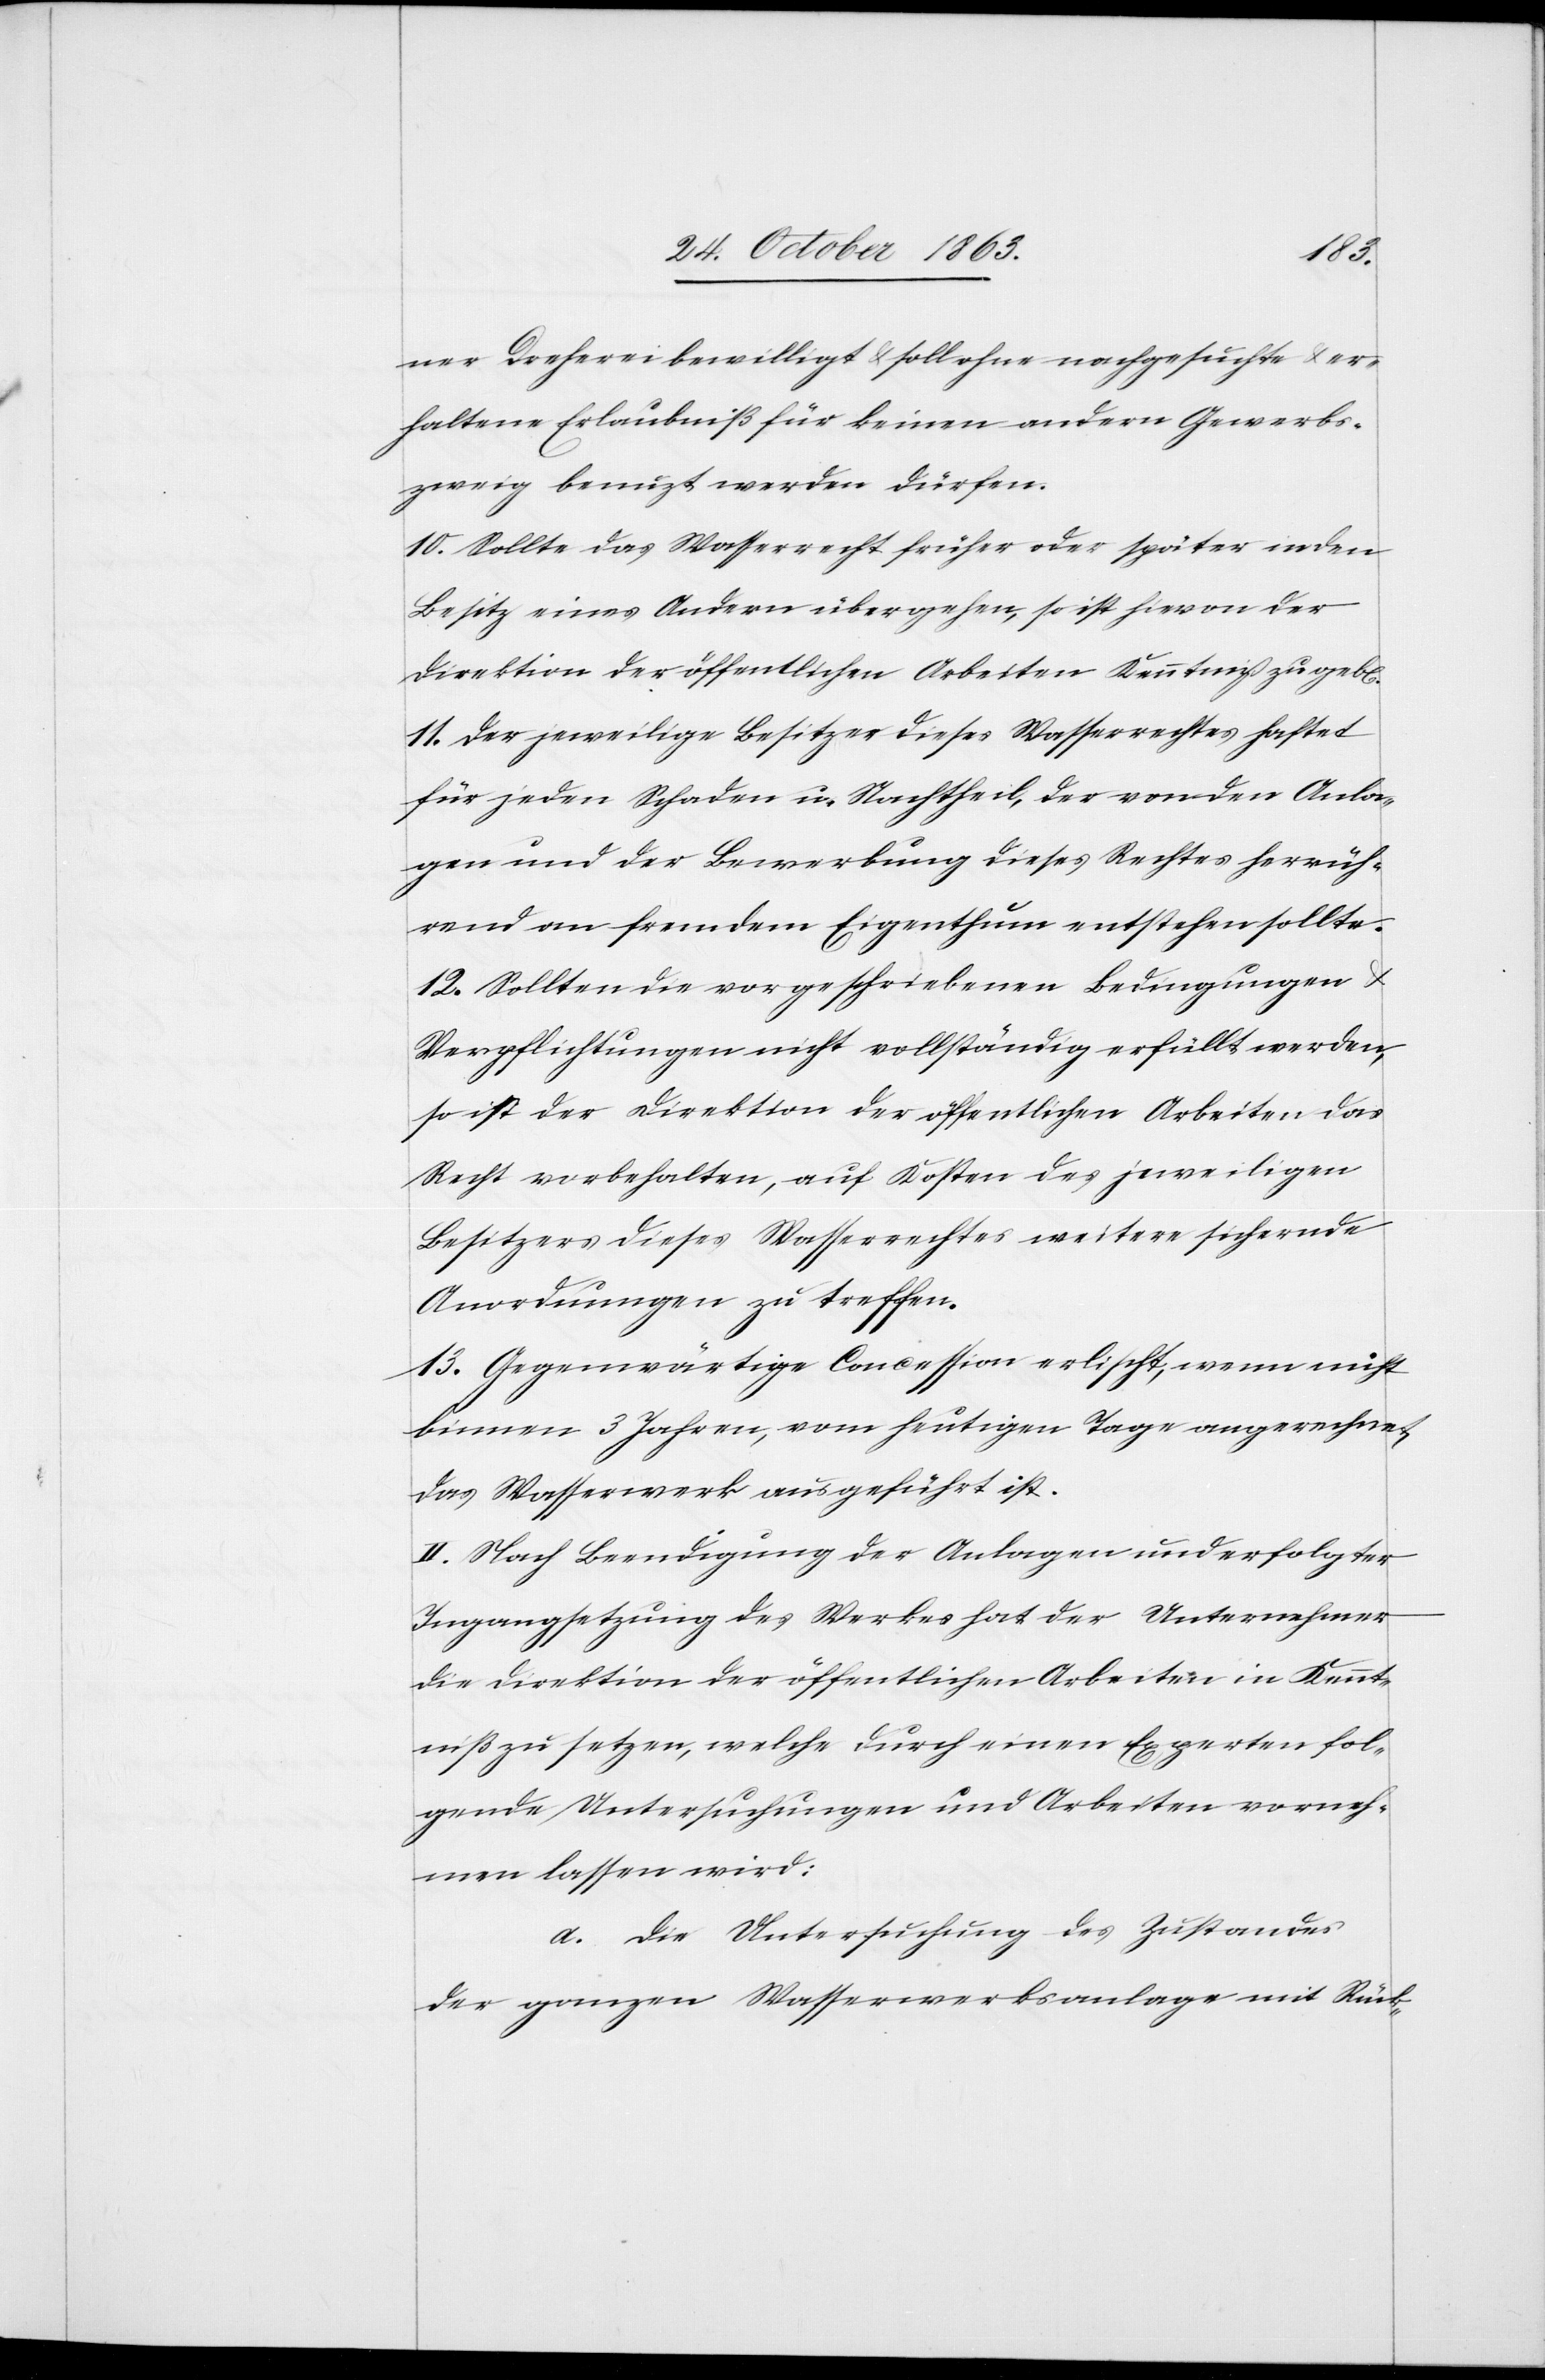
n].
ner Dreherei bewilligt & soll ohne nachgesuchte & er¬
haltene Erlaubniß für keinen andern Gewerbs¬
zweig benuzt werden dürfen.
10. Sollte das Wasserrecht früher oder später in den
Besitz eines Andern übergehen, so ist hievon der
Direktion der öffentlichen Arbeiten Kenntniß zu geb[e¬
11. Der jeweilige Besitzer dieses Wasserrechtes haftet
für jeden Schaden u. Nachtheil, der von den Anla¬
gen und der Bewerbung dieses Rechtes herrüh¬
rend an fremdem Eigenthum entstehen sollte.
12. Sollten die vorgeschriebenen Bedingungen &
Verpflichtungen nicht vollständig erfüllt werden,
so ist der Direktion der öffentlichen Arbeiten das
Recht vorbehalten, auf Kosten des jeweiligen
Besitzers dieses Wasserrechtes weitere sichernde
Anordnungen zu treffen.
13. Gegenwärtige Concession erlischt, wenn nicht
binnen 3 Jahren, vom heutigen Tage angerechnet,
das Wasserwerk ausgeführt ist.
II. Nach Beendigung der Anlagen und erfolgter
Ingangsetzung des Werkes hat der Unternehmer
die Direktion der öffentlichen Arbeiten in Kennt¬
niß zu setzen, welche durch einen Experten fol¬
gende Untersuchungen und Arbeiten vorneh¬
men lassen wird:
a. Die Untersuchung des Zustandes
der ganzen Wasserwerksanlage mit Rück-